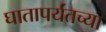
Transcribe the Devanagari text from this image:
घातापर्यंतच्या